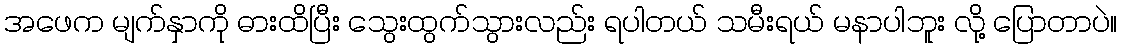
အဖေက မျက်နှာကို ဓားထိပြီး သွေးထွက်သွားလည်း ရပါတယ် သမီးရယ် မနာပါဘူး လို့ ပြောတာပဲ။